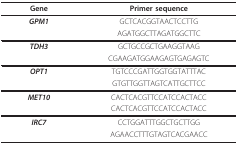
<table><thead><tr><td><b>Gene</b></td><td><b>Primer sequence</b></td></tr></thead><tbody><tr><td><b><i>GPM1</i></b></td><td>GCTCACGGTAACTCCTTG</td></tr><tr><td></td><td>AGATGGCTTAGATGGCTTC</td></tr><tr><td><b><i>TDH3</i></b></td><td>GCTGCCGCTGAAGGTAAG</td></tr><tr><td></td><td>CGAAGATGGAAGAGTGAGAGTC</td></tr><tr><td><b><i>OPT1</i></b></td><td>TGTCCCGATTGGTGGTATTTAC</td></tr><tr><td></td><td>GTGTTGGTTAGTCATTGCTTCC</td></tr><tr><td><b><i>MET10</i></b></td><td>CACTCACGTTCCATCCACTACC</td></tr><tr><td></td><td>CACTCACGTTCCATCCACTACC</td></tr><tr><td><b><i>IRC7</i></b></td><td>CCTGGATTTGGCTGCTTGG</td></tr><tr><td></td><td>AGAACCTTTGTAGTCACGAACC</td></tr></tbody></table>